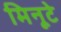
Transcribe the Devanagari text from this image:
मिनूटे